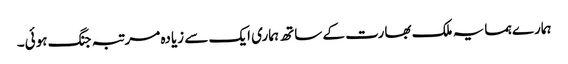
ہمارے ہمسایہ ملک بھارت کے ساتھ ہماری ایک سے زیادہ مرتبہ جنگ ہوئی۔